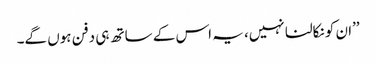
’’ان کو نکالنا نہیں، یہ اس کے ساتھ ہی دفن ہوں گے۔